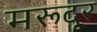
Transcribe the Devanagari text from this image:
मरूदूर